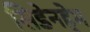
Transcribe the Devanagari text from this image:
सिडेनहेम